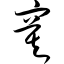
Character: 寞